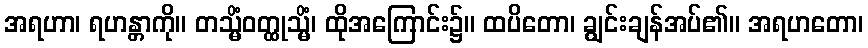
အရဟာ၊ ရဟန္တာကို။ တသ္မိံဝတ္ထုသ္မိံ၊ ထိုအကြောင်း၌။ ထပိတော၊ ချွင်းချန်အပ်၏။ အရဟတော၊